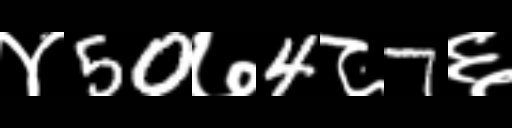
Text: ४50७4८7६